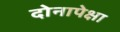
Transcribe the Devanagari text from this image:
दोनापेक्षा